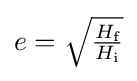
\textstyle e={\sqrt {\frac {H_{\text{f}}}{H_{\text{i}}}}}